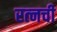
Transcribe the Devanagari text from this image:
रत्‍नची